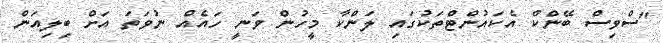
"ސްވިސް ބޭންކް އެކައުންޓްތަކުގައި ލަންކާ މީހުން ވަނީ ހައެއް ނުވަަތަ އަށް ބިލިއަން